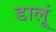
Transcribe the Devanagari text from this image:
डालूं